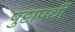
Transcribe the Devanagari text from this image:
पुट्टापर्थी